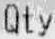
QTY